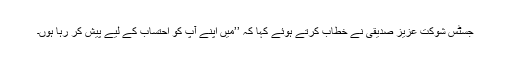
جسٹس شوکت عزیز صدیقی نے خطاب کرتے ہوئے کہا کہ ’’میں اپنے آپ کو احتساب کے لیے پیش کر رہا ہوں۔